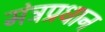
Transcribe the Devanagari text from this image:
मंत्रप्रधान